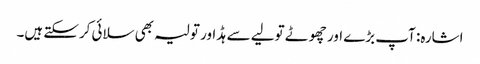
اشارہ: آپ بڑے اور چھوٹے تولیے سے ہڈ اور تولیہ بھی سلائی کرسکتے ہیں۔